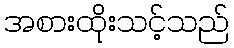
အစားထိုးသင့်သည်